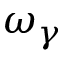
\omega _ { \gamma }